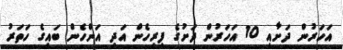
އަހަރުން ދަށާއި 10 އަހަރުން ދަށުގެ ފިރިހެން އަދި އަންހެން ބައިގެ ހަތަރު